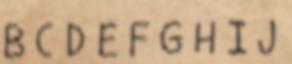
B C D E F G H I J